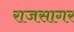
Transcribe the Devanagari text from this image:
राजसागर